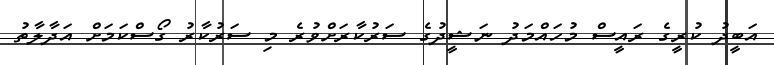
އަބީދު ކުރީގެ ރައީސް މުހައްމަދު ނަޝީދުގެ ސަރުކާރަށްވުރެ މި ސަރުކާރު ގޯސްކަމަށް އަދާލާތު